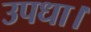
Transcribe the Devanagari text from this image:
उपधा।